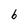
Character: b